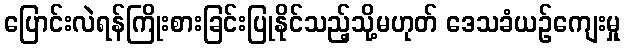
ပြောင်းလဲရန်ကြိုးစားခြင်းပြုနိုင်သည့်သို့မဟုတ် ဒေသခံယဉ်ကျေးမှု